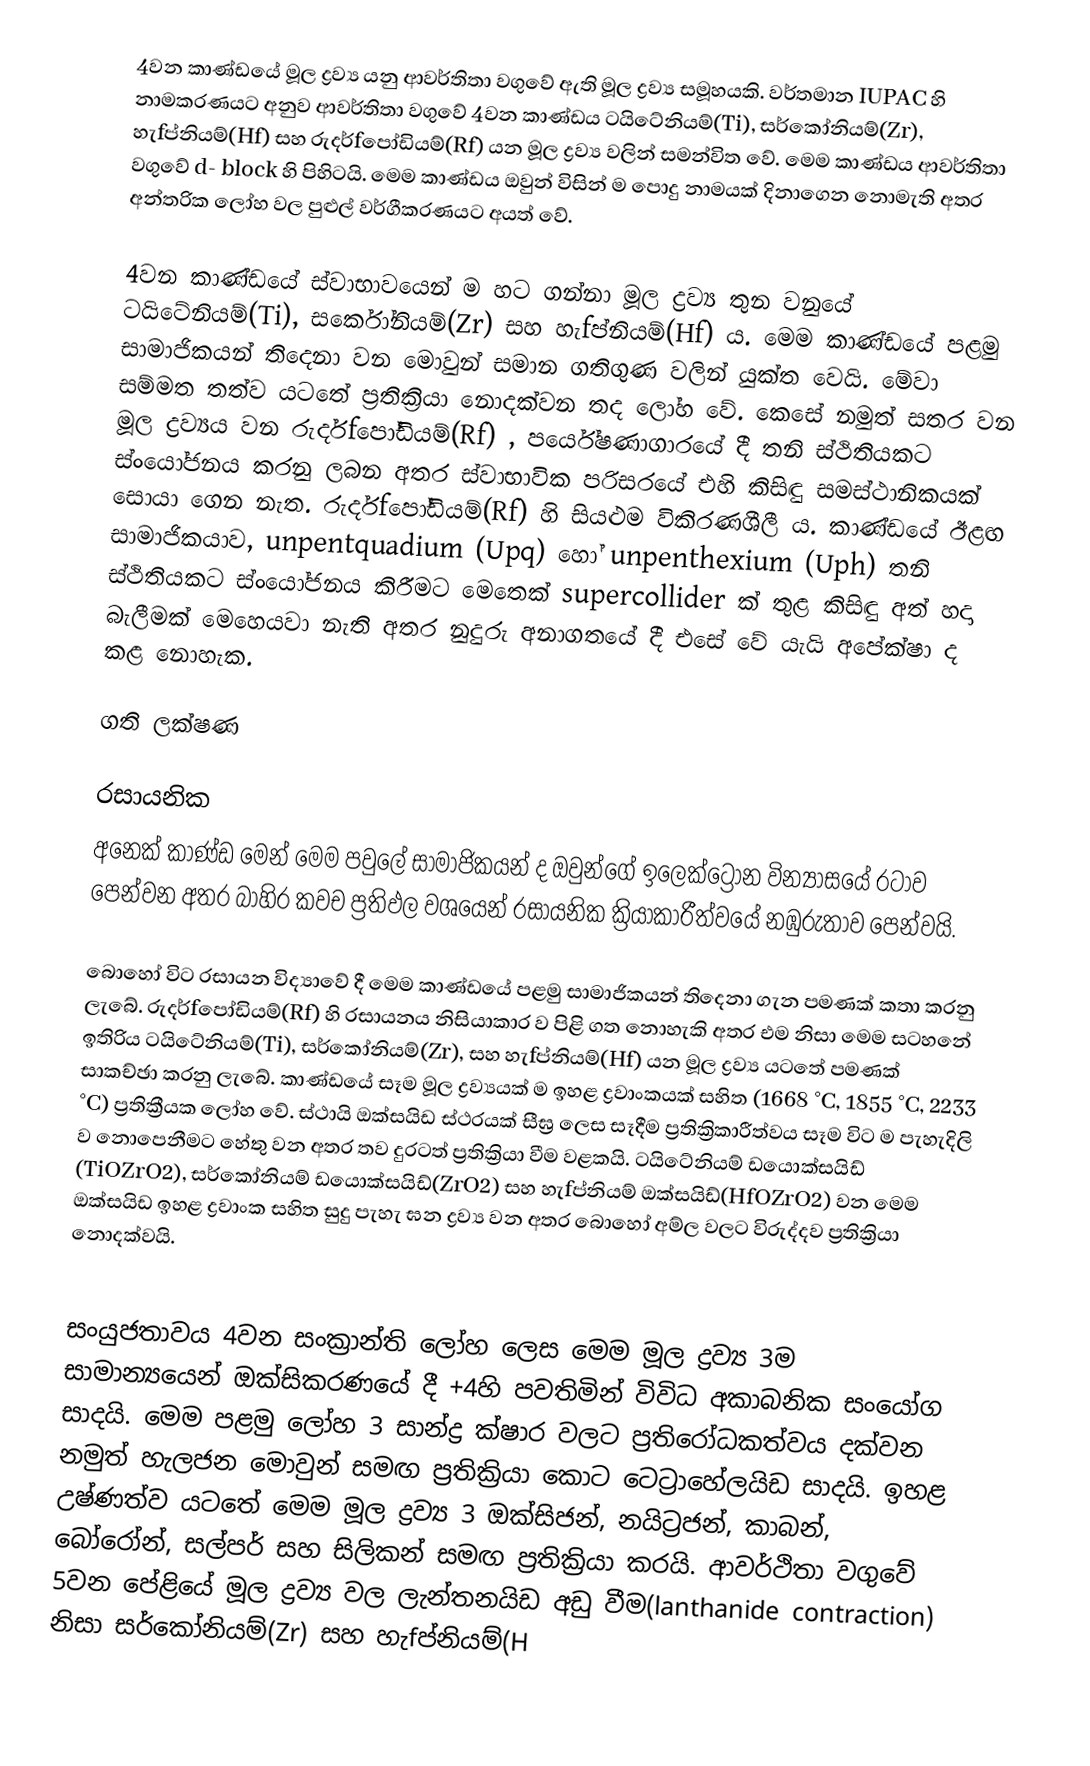
4වන කාණ්ඩයේ මූල ද්‍රව්‍ය යනු ආවර්තිතා වගුවේ ඇති මූල ද්‍රව්‍ය සමූහයකි. වර්තමාන IUPAC හි නාමකරණයට අනුව ආවර්තිතා වගුවේ 4වන කාණ්ඩය ටයිටේනියම්(Ti), සර්කෝනියම්(Zr), හැfප්නියම්(Hf) සහ රුදර්fපෝඩියම්(Rf) යන මූල ද්‍රව්‍ය වලින් සමන්විත වේ. මෙම කාණ්ඩය ආවර්තිතා වගුවේ d- block හි පිහිටයි. මෙම කාණ්ඩය ඔවුන් විසින් ම පොදු නාමයක් දිනාගෙන නොමැති අතර අන්තරික ලෝහ වල පුළුල් වර්ගීකරණයට අයත් වේ.

4වන කාණ්ඩයේ ස්වාභාවයෙන් ම හට ගන්නා මූල ද්‍රව්‍ය තුන වනුයේ ටයිටේනියම්(Ti), සර්කෝනියම්(Zr) සහ හැfප්නියම්(Hf) ය. මෙම කාණ්ඩයේ පළමු සාමාජිකයන් තිදෙනා වන මොවුන් සමාන ගතිගුණ වලින් යුක්ත වෙයි. මේවා සම්මත තත්ව යටතේ ප්‍රතික්‍රියා නොදක්වන තද ලෝහ වේ. කෙසේ නමුත් සතර වන මූල ද්‍රව්‍යය වන රුදර්fපෝඩියම්(Rf) , පර්යේෂණාගාරයේ දී තනි ස්ථිතියකට ස්ංයෝජනය කරනු ලබන අතර ස්වාභාවික පරිසරයේ එහි කිසිඳු සමස්ථානිකයක් සොයා ගෙන නැත. රුදර්fපෝඩියම්(Rf) හි සියළුම විකිරණශීලී ය. කාණ්ඩයේ ඊළඟ සාමාජිකයාව, unpentquadium (Upq) හෝ unpenthexium (Uph) තනි ස්ථිතියකට ස්ංයෝජනය කිරීමට මෙතෙක් supercollider ක් තුළ කිසිඳු අත් හදා බැලීමක් මෙහෙයවා නැති අතර නුදුරු අනාගතයේ දී එසේ වේ යැයි අපේක්ෂා ද කළ නොහැක.

ගති ලක්ෂණ

රසායනික
අනෙක් කාණ්ඩ මෙන් මෙම පවුලේ සාමාජිකයන් ද ඔවුන්ගේ ඉලෙක්ට්‍රෝන වින්‍යාසයේ රටාව පෙන්වන අතර බාහිර කවච ප්‍රතිඵල වශයෙන් රසායනික ක්‍රියාකාරීත්වයේ නඹුරුතාව පෙන්වයි.

බොහෝ විට රසායන විද්‍යාවේ දී මෙම කාණ්ඩයේ පළමු සාමාජිකයන් තිදෙනා ගැන පමණක් කතා කරනු ලැබේ. රුදර්fපෝඩියම්(Rf) හි රසායනය නිසියාකාර ව පිළි ගත නොහැකි අතර එම නිසා මෙම සටහනේ ඉතිරිය ටයිටේනියම්(Ti), සර්කෝනියම්(Zr), සහ  හැfප්නියම්(Hf) යන මූල ද්‍රව්‍ය යටතේ පමණක් සාකච්ඡා කරනු ලැබේ. කාණ්ඩයේ සෑම මූල ද්‍රව්‍යයක් ම ඉහළ ද්‍රවාංකයක් සහිත (1668 °C, 1855 °C, 2233 °C) ප්‍රතික්‍රීයක ලෝහ වේ. ස්ථායි ඔක්සයිඩ ස්ථරයක් සීඝ්‍ර ලෙස සෑදීම ප්‍රතික්‍රිකාරීත්වය සෑම විට ම පැහැදිලි ව නොපෙනීමට හේතු වන අතර තව දුරටත් ප්‍රතික්‍රියා වීම වළකයි. ටයිටේනියම් ඩයොක්සයිඩ් (TiOZrO2), සර්කෝනියම් ඩයොක්සයිඩ්(ZrO2) සහ හැfප්නියම් ඔක්සයිඩ්(HfOZrO2) වන මෙම ඔක්සයිඩ  ඉහළ ද්‍රවාංක සහිත සුදු පැහැ ඝන ද්‍රව්‍ය වන අතර බොහෝ අම්ල වලට විරුද්දව ප්‍රතික්‍රියා නොදක්වයි.

සංයුජතාවය 4වන සංක්‍රාන්ති ලෝහ ලෙස මෙම මූල ද්‍රව්‍ය 3ම සාමාන්‍යයෙන් ඔක්සිකරණයේ දී +4හි පවතිමින් විවිධ අකාබනික සංයෝග සාදයි. මෙම පළමු ලෝහ 3 සාන්ද්‍ර ක්ෂාර වලට ප්‍රතිරෝධකත්වය දක්වන නමුත් හැලජන මොවුන් සමඟ ප්‍රතික්‍රියා කොට ටෙට්‍රාහේලයිඩ සාදයි. ඉහළ උෂ්ණත්ව යටතේ මෙම මූල ද්‍රව්‍ය 3 ඔක්සිජන්, නයිට්‍රජන්, කාබන්, බෝරෝන්, සල්පර් සහ සිලිකන් සමඟ ප්‍රතික්‍රියා කරයි. ආවර්ථිතා වගුවේ 5වන පේළියේ මූල ද්‍රව්‍ය වල ලැන්තනයිඩ අඩු වීම(lanthanide contraction) නිසා සර්කෝනියම්(Zr) සහ හැfප්නියම්(H